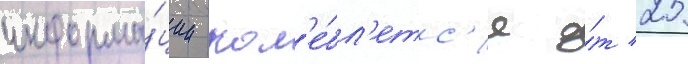
информа́ции кол'е́бл'етс'я о́т 25